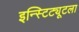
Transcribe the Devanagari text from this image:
इन्स्टिट्यूटला